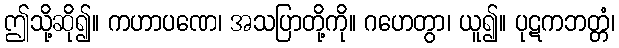
ဤသို့ဆို၍။ ကဟာပဏေ၊ အသပြာတို့ကို။ ဂဟေတွာ၊ ယူ၍။ ပုဋကဘတ္တံ၊